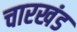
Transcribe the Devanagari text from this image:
चारखंड